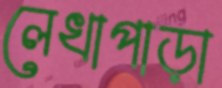
লেখাপাড়া